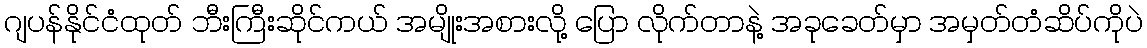
ဂျပန်နိုင်ငံထုတ် ဘီးကြီးဆိုင်ကယ် အမျိုးအစားလို့ ပြော လိုက်တာနဲ့ အခုခေတ်မှာ အမှတ်တံဆိပ်ကိုပဲ